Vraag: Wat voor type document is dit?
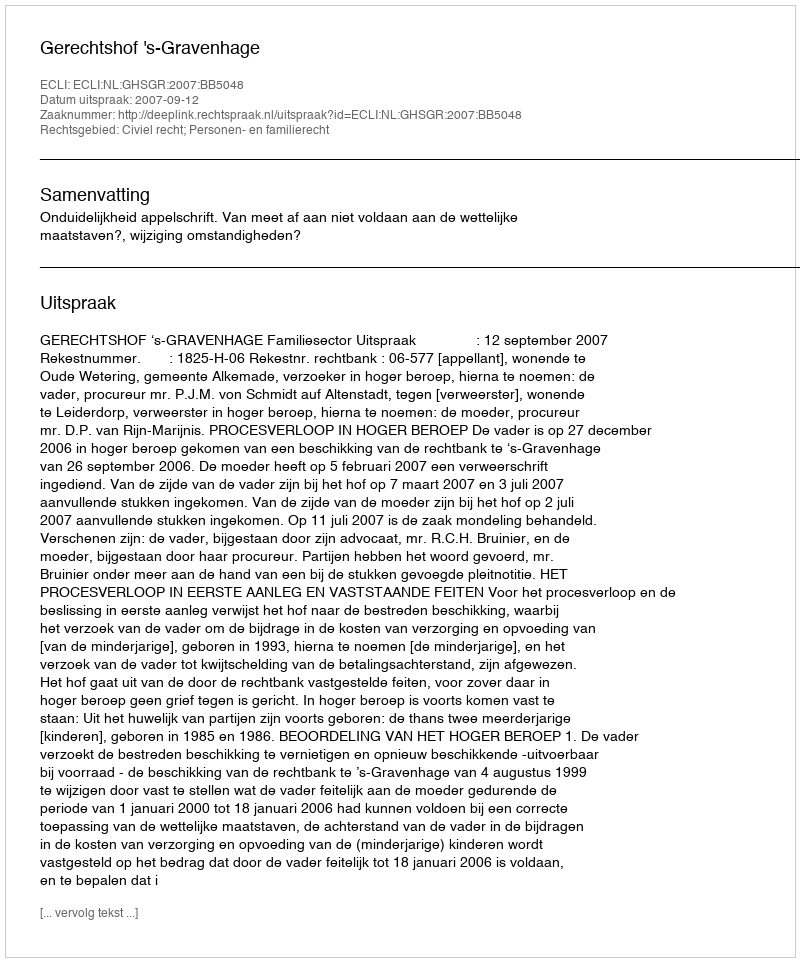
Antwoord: Uitspraak